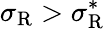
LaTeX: \sigma_{\mathrm{{R}}}>\sigma_{\mathrm{{R}}}^{*}